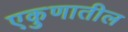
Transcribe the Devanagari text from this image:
एकुणातील